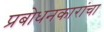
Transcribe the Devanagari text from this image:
प्रबोधनकारांचा